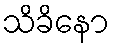
သိခိနော